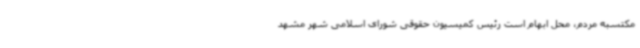
مکتسبه مردم، محل ابهام است رئیس کمیسیون حقوقی شورای اسلامی شهر مشهد